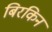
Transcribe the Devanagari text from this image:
बिरकिन